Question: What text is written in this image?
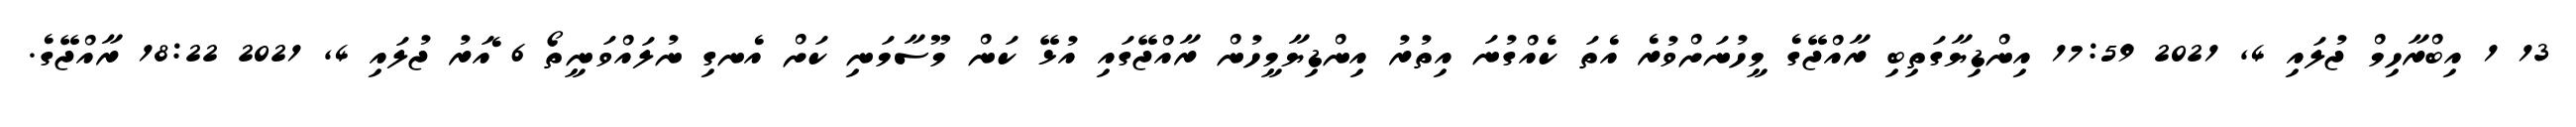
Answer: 13 1 އިބްރާހިމް ޖުލައި 4, 2021 17:59 އިންޑިޔާގަތިބި ރާއްޖޭގެ މީހުނަށްވުރެ އެތަ ކެއްގުނަ އިތުރު އިންޑިޔާމީހުން ރާއްޖޭގައި އުޅޭ ކަން މޫސާމަނި ކަށް އެނގި ނުލައްވަނީތޯ 6 ެއަރު ޖުލައި 4, 2021 18:22 ރާއްޖޭގެ.